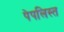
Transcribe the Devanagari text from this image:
पेपलिस्त